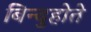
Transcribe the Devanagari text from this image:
बिन्दुहोते